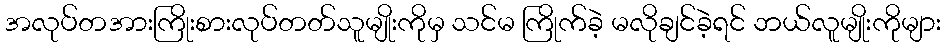
အလုပ်တအားကြိုးစားလုပ်တတ်သူမျိုးကိုမှ သင်မ ကြိုက်ခဲ့ မလိုချင်ခဲ့ရင် ဘယ်လူမျိုးကိုများ